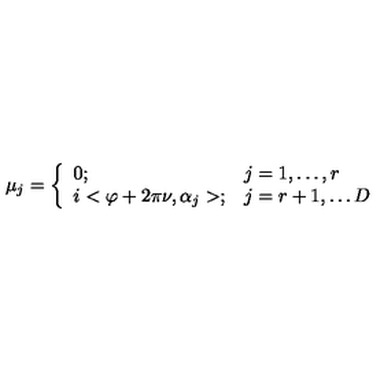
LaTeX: \mu _ { j } = \left\{ \begin{array} { l l } { 0 ; } & { j = 1 , \ldots , r } \\ { i < \varphi + 2 \pi \nu , \alpha _ { j } > ; } & { j = r + 1 , \ldots D } \\ \end{array} \right.